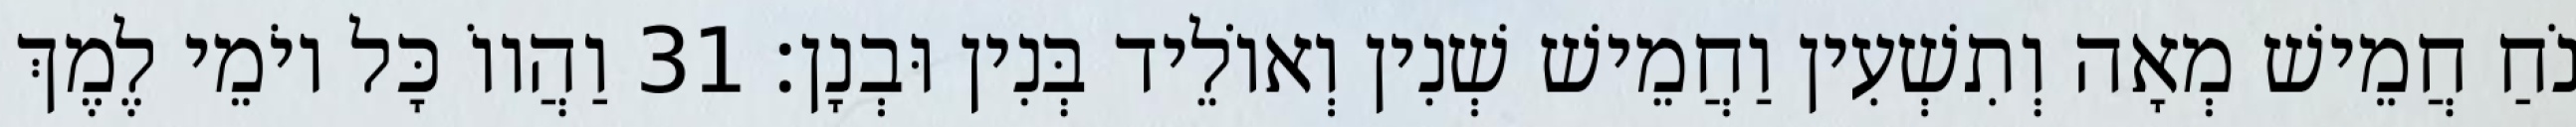
נֹחַ חֲמֵישׁ מְאָה וְתִשְׁעִין וַחֲמֵישׁ שְׁנִין וְאוֹלֵיד בְּנִין וּבְנָן׃ 31 וַהֲווֹ כָּל יוֹמֵי לֶמֶךְ